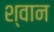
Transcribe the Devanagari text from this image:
श्‍वान